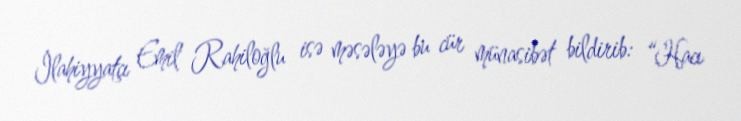
İlahiyyatçı Emil Rahiloğlu isə məsələyə bu cür münasibət bildirib: “Hacı